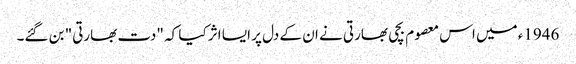
1946ء میں اس معصوم بچی بھارتی نے ان کے دل پر ایسا اثر کیا کہ "دت بھارتی" بن گئے۔